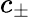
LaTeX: c_{\pm}